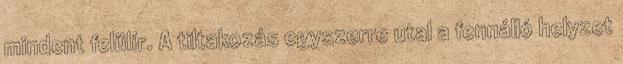
mindent felülír. A tiltakozás egyszerre utal a fennálló helyzet